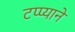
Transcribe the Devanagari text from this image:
टप्प्याने